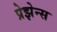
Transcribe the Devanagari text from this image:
प्रेझेन्स